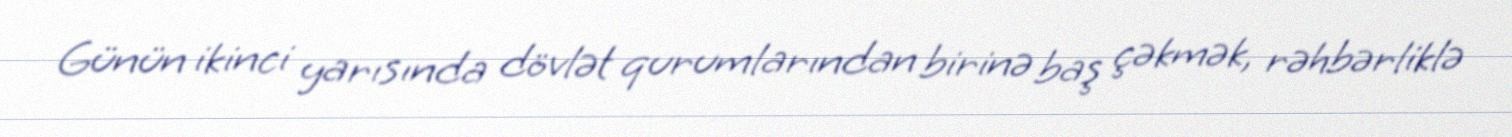
Günün ikinci yarısında dövlət qurumlarından birinə baş çəkmək, rəhbərliklə